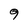
Character: 9